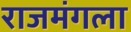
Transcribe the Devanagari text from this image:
राजमंगला